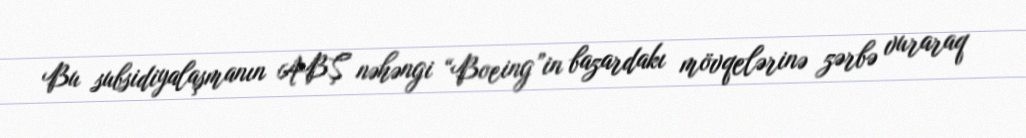
Bu subsidiyalaşmanın ABŞ nəhəngi “Boeing”in bazardakı mövqelərinə zərbə vuraraq